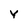
Character: Y